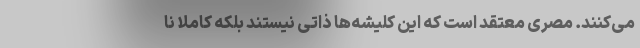
می‌کنند. مصری معتقد است که این کلیشه‌ها ذاتی نیستند بلکه کاملا نا